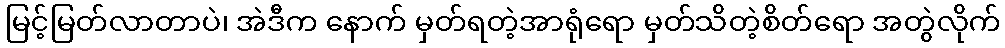
မြင့်မြတ်လာတာပဲ၊ အဲဒီက နောက် မှတ်ရတဲ့အာရုံရော မှတ်သိတဲ့စိတ်ရော အတွဲလိုက်